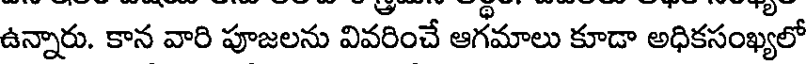
ఉన్నారు. కాన వారి పూజలను వివరించే ఆగమాలు కూడా అధికసంఖ్యలో